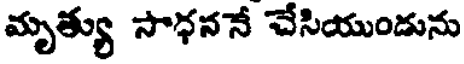
మృత్యు సాధననే చేసియుండును